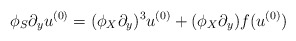
\begin{align*}\phi_S\partial_yu^{(0)}=(\phi_X\partial_y)^3u^{(0)}+(\phi_X\partial_y)f(u^{(0)}) \end{align*}